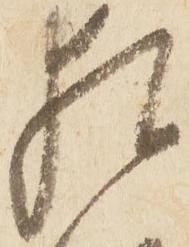
猶